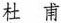
杜甫